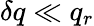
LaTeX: \delta q\ll q_{r}